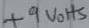
Text: +9Volts